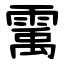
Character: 䨞